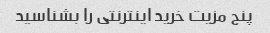
پنج مزیت خرید اینترنتی را بشناسید